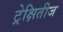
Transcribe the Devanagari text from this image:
ट्रेक्षितीज